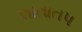
શાતાતપ